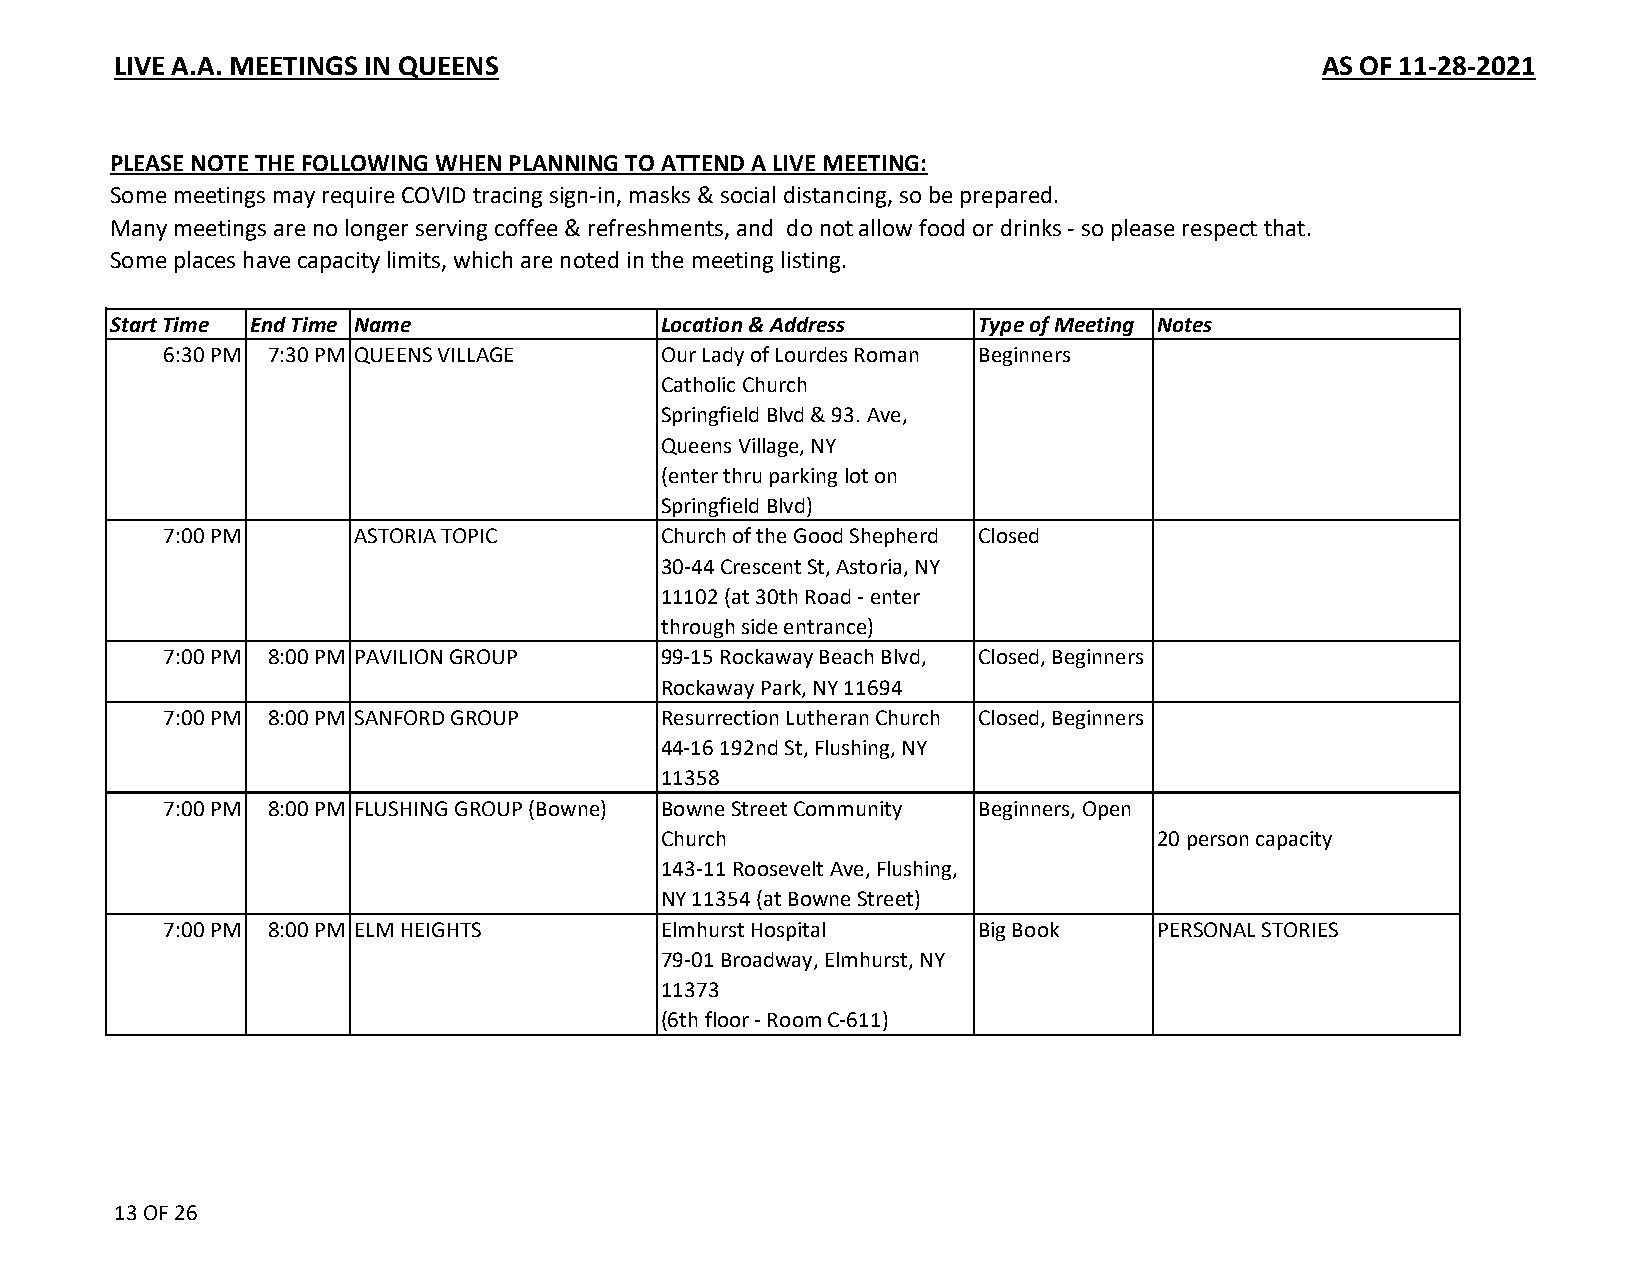
LIVE A.A. MEETINGS IN QUEENS                                                    AS OF 11-28-2021
 PLEASE NOTE THE FOLLOWING WHEN PLANNING TO ATTEND A LIVE MEETING:
 Some meetings may require COVID tracing sign-in, masks & social distancing, so be prepared.
 Many meetings are no longer serving coffee & refreshments, and do not allow food or drinks - so please respect that.
 Some places have capacity limits, which are noted in the meeting listing.
 Start Time End Time Name            Location & Address   Type of Meeting Notes
 6:30 PM 7:30 PM QUEENS VILLAGE   Our Lady of Lourdes Roman Beginners
 Catholic Church
 Springfield Blvd & 93. Ave,
 Queens Village, NY
 (enter thru parking lot on
 Springfield Blvd)
 7:00 PM      ASTORIA TOPIC       Church of the Good Shepherd Closed
 30-44 Crescent St, Astoria, NY
 11102 (at 30th Road - enter
 through side entrance)
 7:00 PM 8:00 PM PAVILION GROUP   99-15 Rockaway Beach Blvd, Closed, Beginners
 Rockaway Park, NY 11694
 7:00 PM 8:00 PM SANFORD GROUP    Resurrection Lutheran Church Closed, Beginners
 44-16 192nd St, Flushing, NY
 11358
 7:00 PM 8:00 PM FLUSHING GROUP (Bowne) Bowne Street Community Beginners, Open
 Church                           20 person capacity
 143-11 Roosevelt Ave, Flushing,
 NY 11354 (at Bowne Street)
 7:00 PM 8:00 PM ELM HEIGHTS      Elmhurst Hospital    Big Book    PERSONAL STORIES
 79-01 Broadway, Elmhurst, NY
 11373
 (6th floor - Room C-611)
 13 OF 26